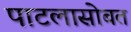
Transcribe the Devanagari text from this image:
पाटलासोबत